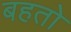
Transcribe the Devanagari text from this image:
बहतो